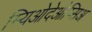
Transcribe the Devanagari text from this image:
म्यिओदेओप्सिअ